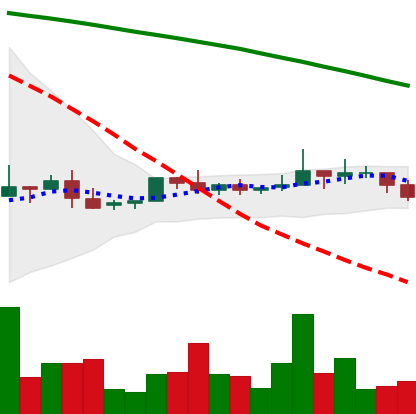
Ticker: NEO-USD
Chart end date: 2022-06-11
Forward return: -18.545%
Label: down_7plus